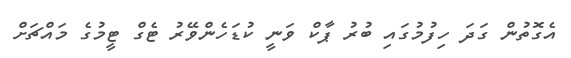
އެގޮތުން ގަދަ ހިފުމުގައި ބުރު ޕާކް ވަނީ ކުޑަހެންވޭރު ޓެގް ޓީމުގެ މައްޗަށް